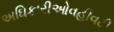
અઘિકારીઓવહીવટી